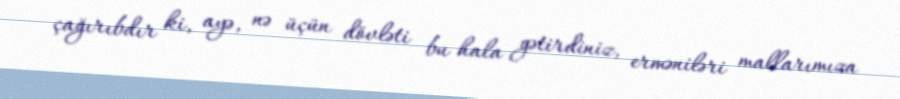
çağırıbdır ki, ayə, nə üçün dövləti bu hala gətirdiniz, erməniləri mallarımıza